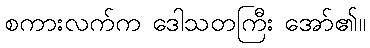
စကားလက်က ဒေါသတကြီး အော်၏။